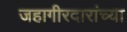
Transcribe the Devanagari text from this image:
जहागीरदारांच्या